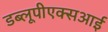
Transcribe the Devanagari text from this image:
डब्लूपीएक्सआई